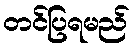
တင်ပြရမည်